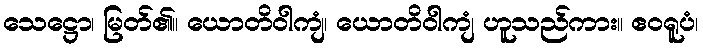
သေဋ္ဌော၊ မြတ်၏။ ယောတိဝါကျံ၊ ယောတိဝါကျံ ဟူသည်ကား။ ဧဝရူပံ၊